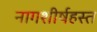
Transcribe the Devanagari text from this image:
नागशीर्षहस्त